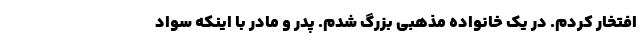
افتخار کردم. در یک خانواده مذهبی بزرگ شدم. پدر و مادر با اینکه سواد